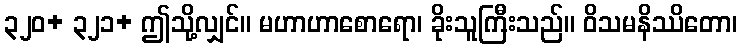
၃၂၀+ ၃၂၁+ ဤသို့လျှင်။ မဟာဟာစောရော၊ ခိုးသူကြီးသည်။ ဝိသမနိဿိတော၊